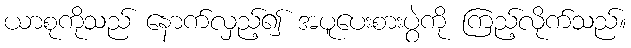
ယာစုကိုသည် နောက်လှည့်၍ အပူပေးစားပွဲကို ကြည့်လိုက်သည်။